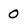
Character: 0